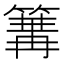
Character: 𥱏